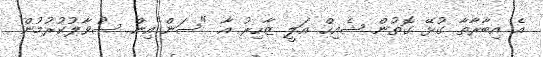
އެ އިބާރާތާ ގުޅޭ ގޮތުން ޝެއިހް އަލީ ޒާހިރު އާ "ސަން"އިން ސުވާލުކުރުމުން